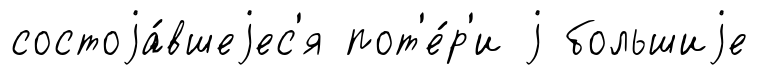
состоjа́вшеjес'я пот'е́р'и j большиjе